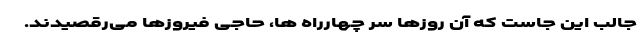
جالب این جاست که آن روزها سر چهارراه ها، حاجی فیروزها می‌رقصیدند.